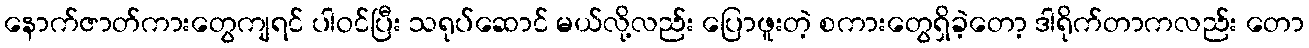
နောက်ဇာတ်ကားတွေကျရင် ပါဝင်ပြီး သရုပ်ဆောင် မယ်လို့လည်း ပြောဖူးတဲ့ စကားတွေရှိခဲ့တော့ ဒါရိုက်တာကလည်း တော